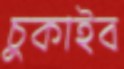
চুকাইব